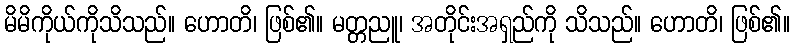
မိမိကိုယ်ကိုသိသည်။ ဟောတိ၊ ဖြစ်၏။ မတ္တညူ၊ အတိုင်းအရှည်ကို သိသည်။ ဟောတိ၊ ဖြစ်၏။